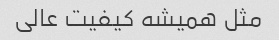
مثل همیشه کیفیت عالی